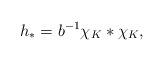
LaTeX: \begin{align*}h_{*}=b^{-1}\chi_{K}*\chi_{K},\end{align*}